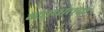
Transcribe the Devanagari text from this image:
व्याघातक